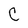
Character: C